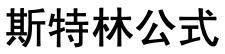
斯特林公式